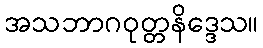
အသဘာဂဝုတ္တနိဒ္ဒေသ။